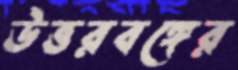
উত্তরবঙ্গের